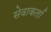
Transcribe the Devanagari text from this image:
सेवाकर्ता